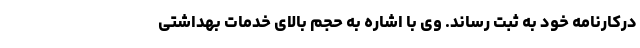
درکارنامه خود به ثبت رساند. وی با اشاره به حجم بالای خدمات بهداشتی